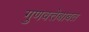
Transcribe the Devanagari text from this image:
गुणवत्तेबाबत